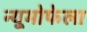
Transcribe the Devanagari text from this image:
न्यूमोफेला